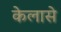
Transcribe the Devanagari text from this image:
केलासे